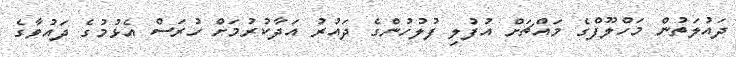
ދައުލަތުން މަހްލޫފްގެ މައްޗަަށް އުފުލި ފުލުހުންގެ ދައުރު އަދާކުރުމަށް ހުރަސް އެޅުމުގެ ދައުވާގެ